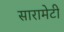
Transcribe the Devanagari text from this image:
सारामेटी